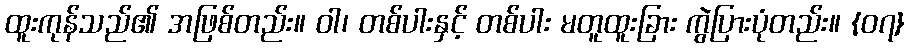
ထူးကုန်သည်၏ အဖြစ်တည်း။ ဝါ၊ တစ်ပါးနှင့် တစ်ပါး မတူထူးခြား ကွဲပြားပုံတည်း။ {၀၇}